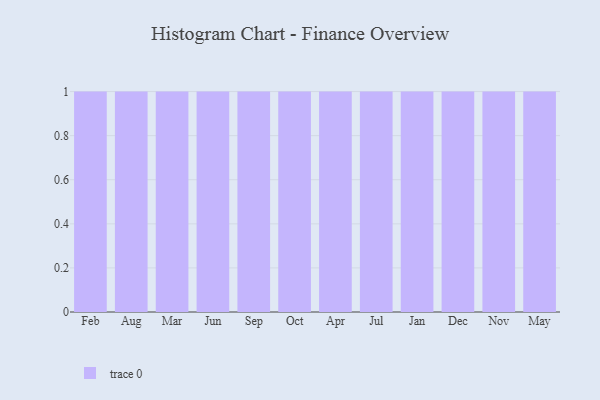
{"axis": {"x": "Month", "y": "Bounce Rate (%)"}, "legend": [""], "data": [{"x": "Feb", "y": 25, "type": ""}, {"x": "Aug", "y": 31, "type": ""}, {"x": "Mar", "y": 20, "type": ""}, {"x": "Jun", "y": 49, "type": ""}, {"x": "Sep", "y": 82, "type": ""}, {"x": "Oct", "y": 82, "type": ""}, {"x": "Apr", "y": 36, "type": ""}, {"x": "Jul", "y": 31, "type": ""}, {"x": "Jan", "y": 85, "type": ""}, {"x": "Dec", "y": 5, "type": ""}, {"x": "Nov", "y": 6, "type": ""}, {"x": "May", "y": 74, "type": ""}]}